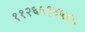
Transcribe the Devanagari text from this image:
११२६५१४५४८